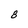
Character: 8